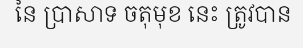
នៃ ប្រាសាទ ចតុមុខ នេះ ត្រូវបាន